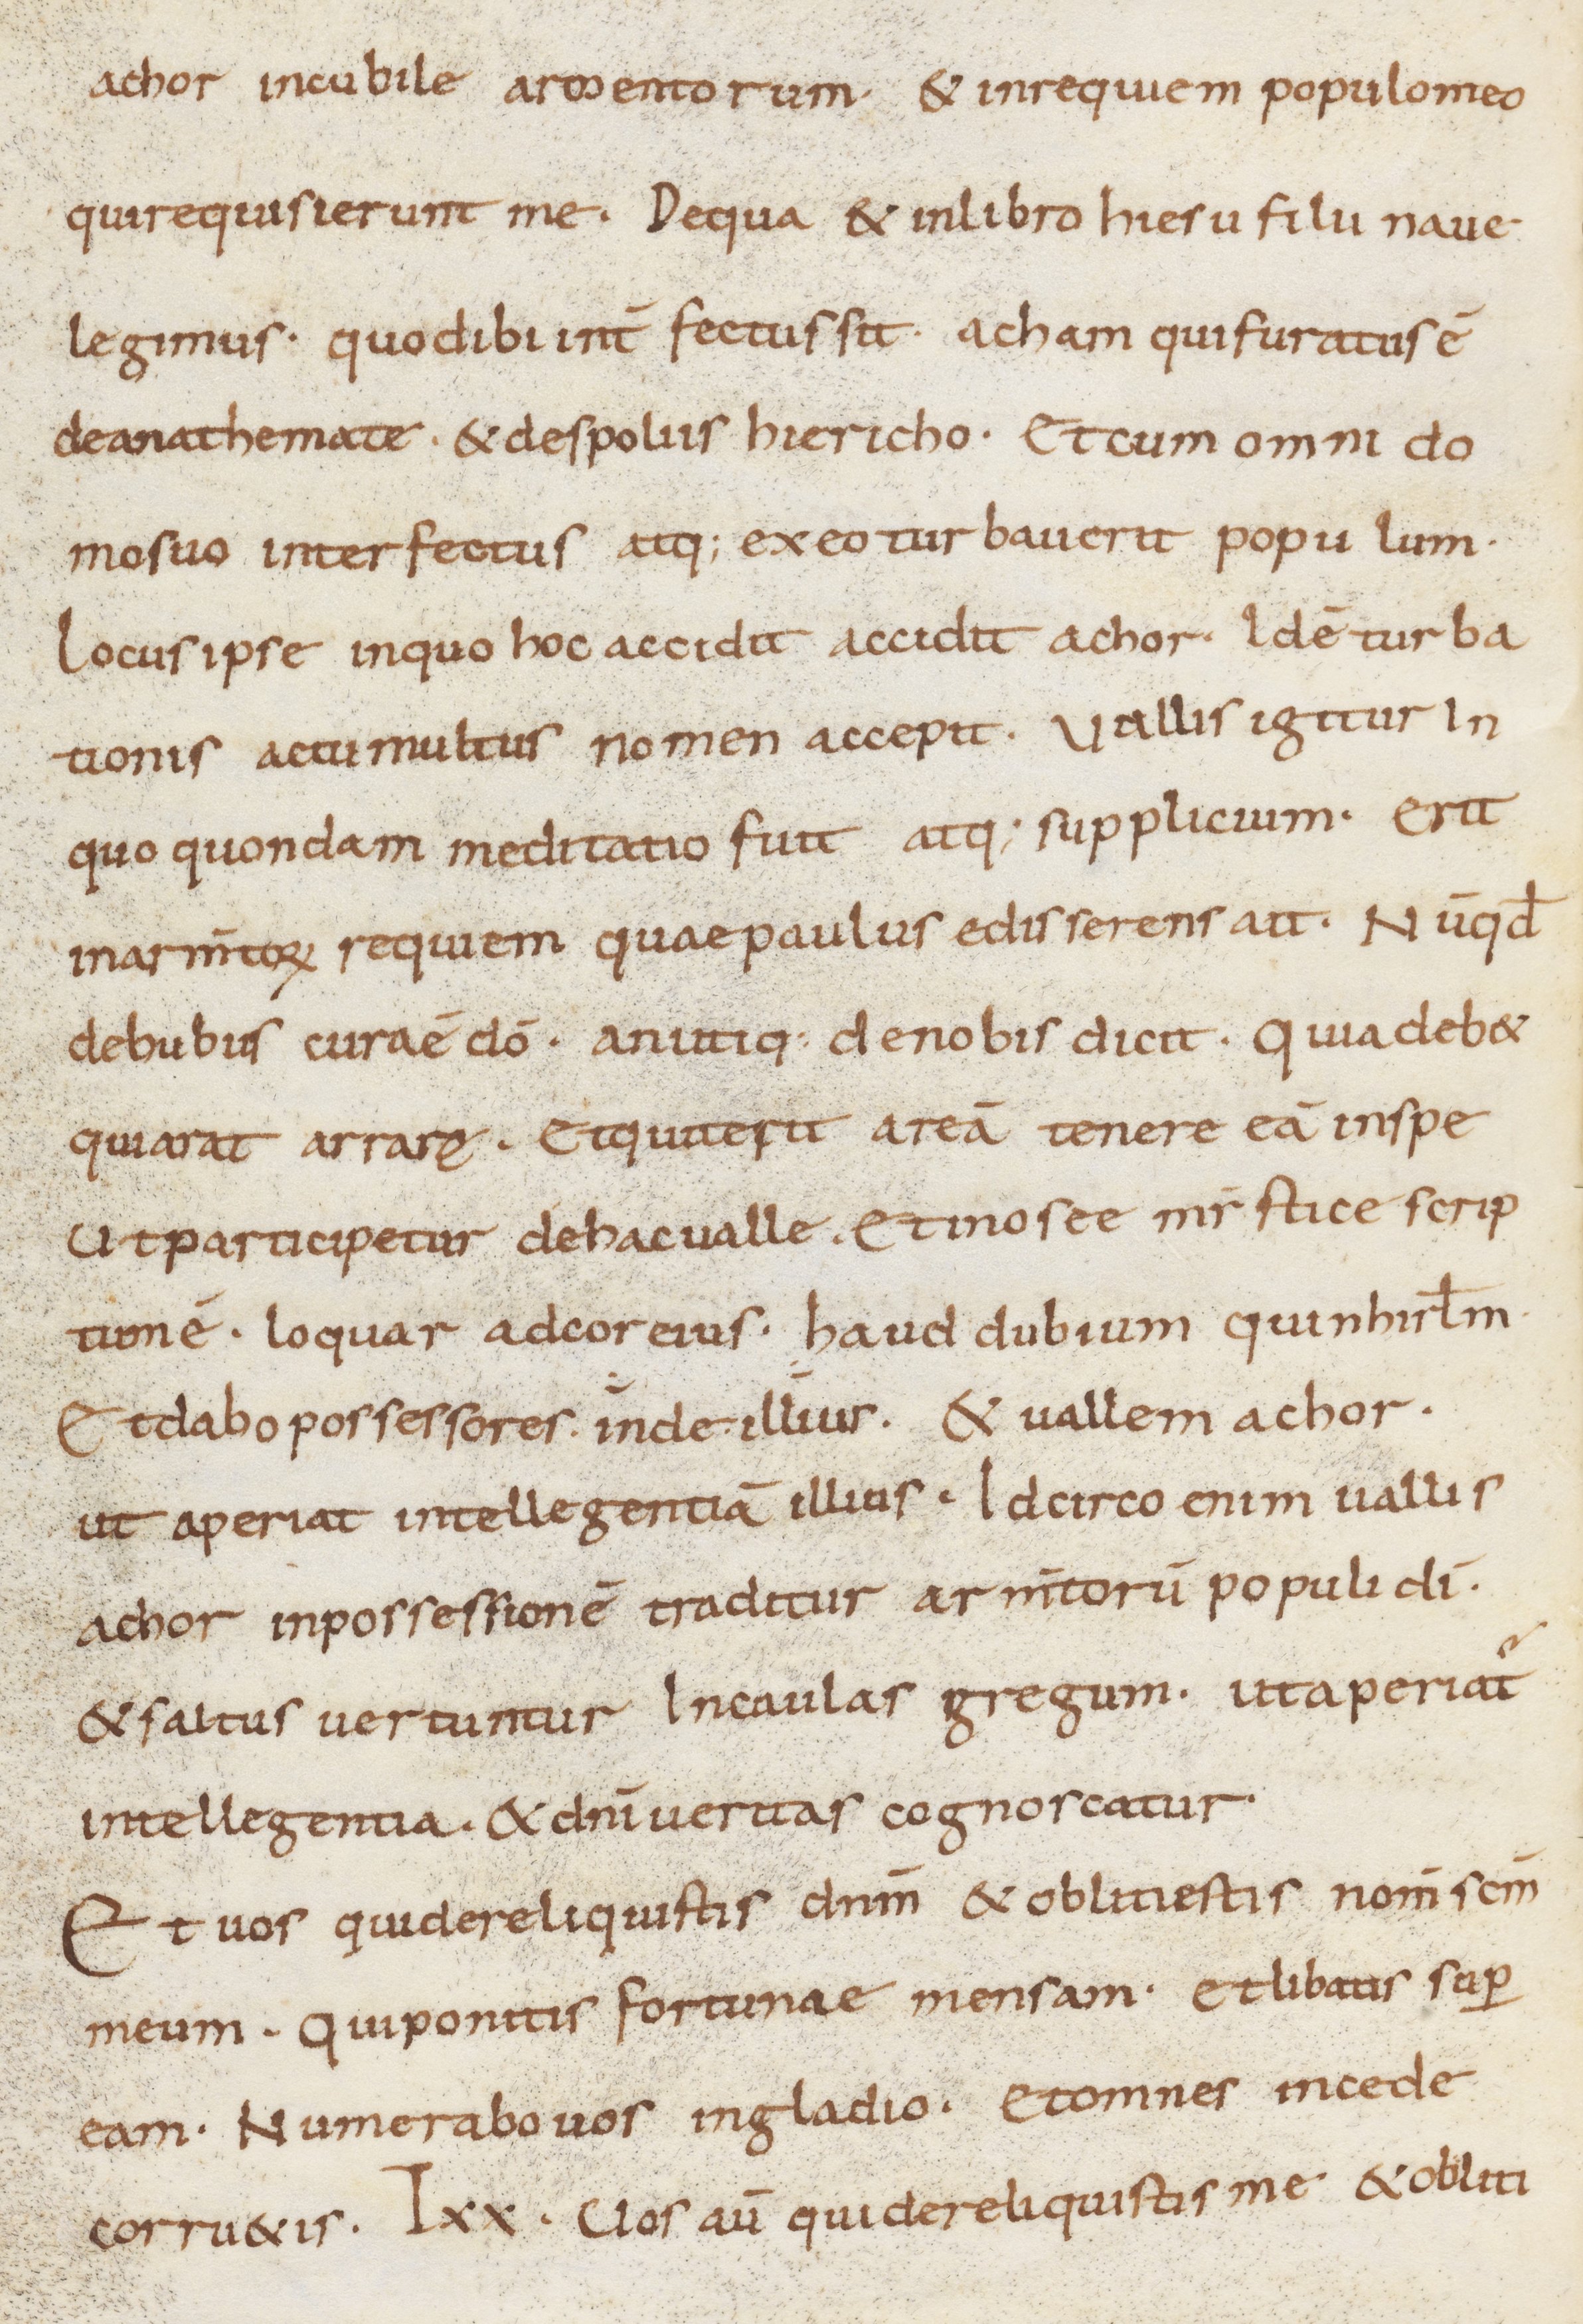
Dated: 800–899